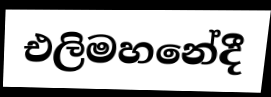
එලිමහනේදී